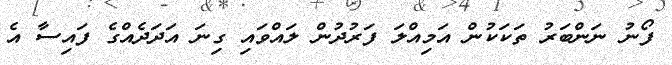
ފޯނު ނަންބަރު ތަކަކުން އަމިއްލަ ފަރުދުން ލައްވައި ގިނަ އަދަދެއްގެ ފައިސާ އެ